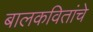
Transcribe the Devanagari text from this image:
बालकवितांचे